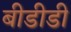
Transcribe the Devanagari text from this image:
बीडीडी